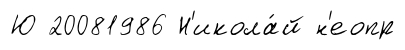
Ю 20081986 Н'икола́й н'еопр